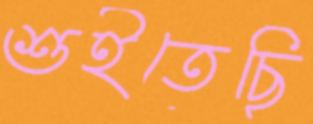
শুইতেছি